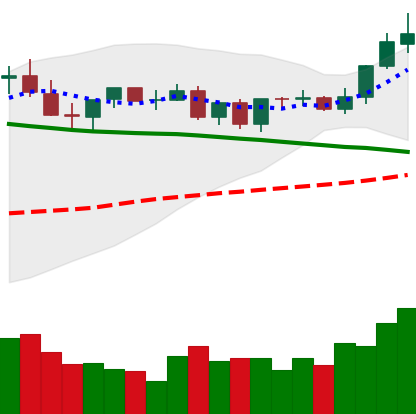
Ticker: TRX-USD
Chart end date: 2021-09-03
Forward return: -8.592%
Label: down_7plus